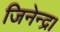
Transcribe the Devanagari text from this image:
जिनेन्द्र।